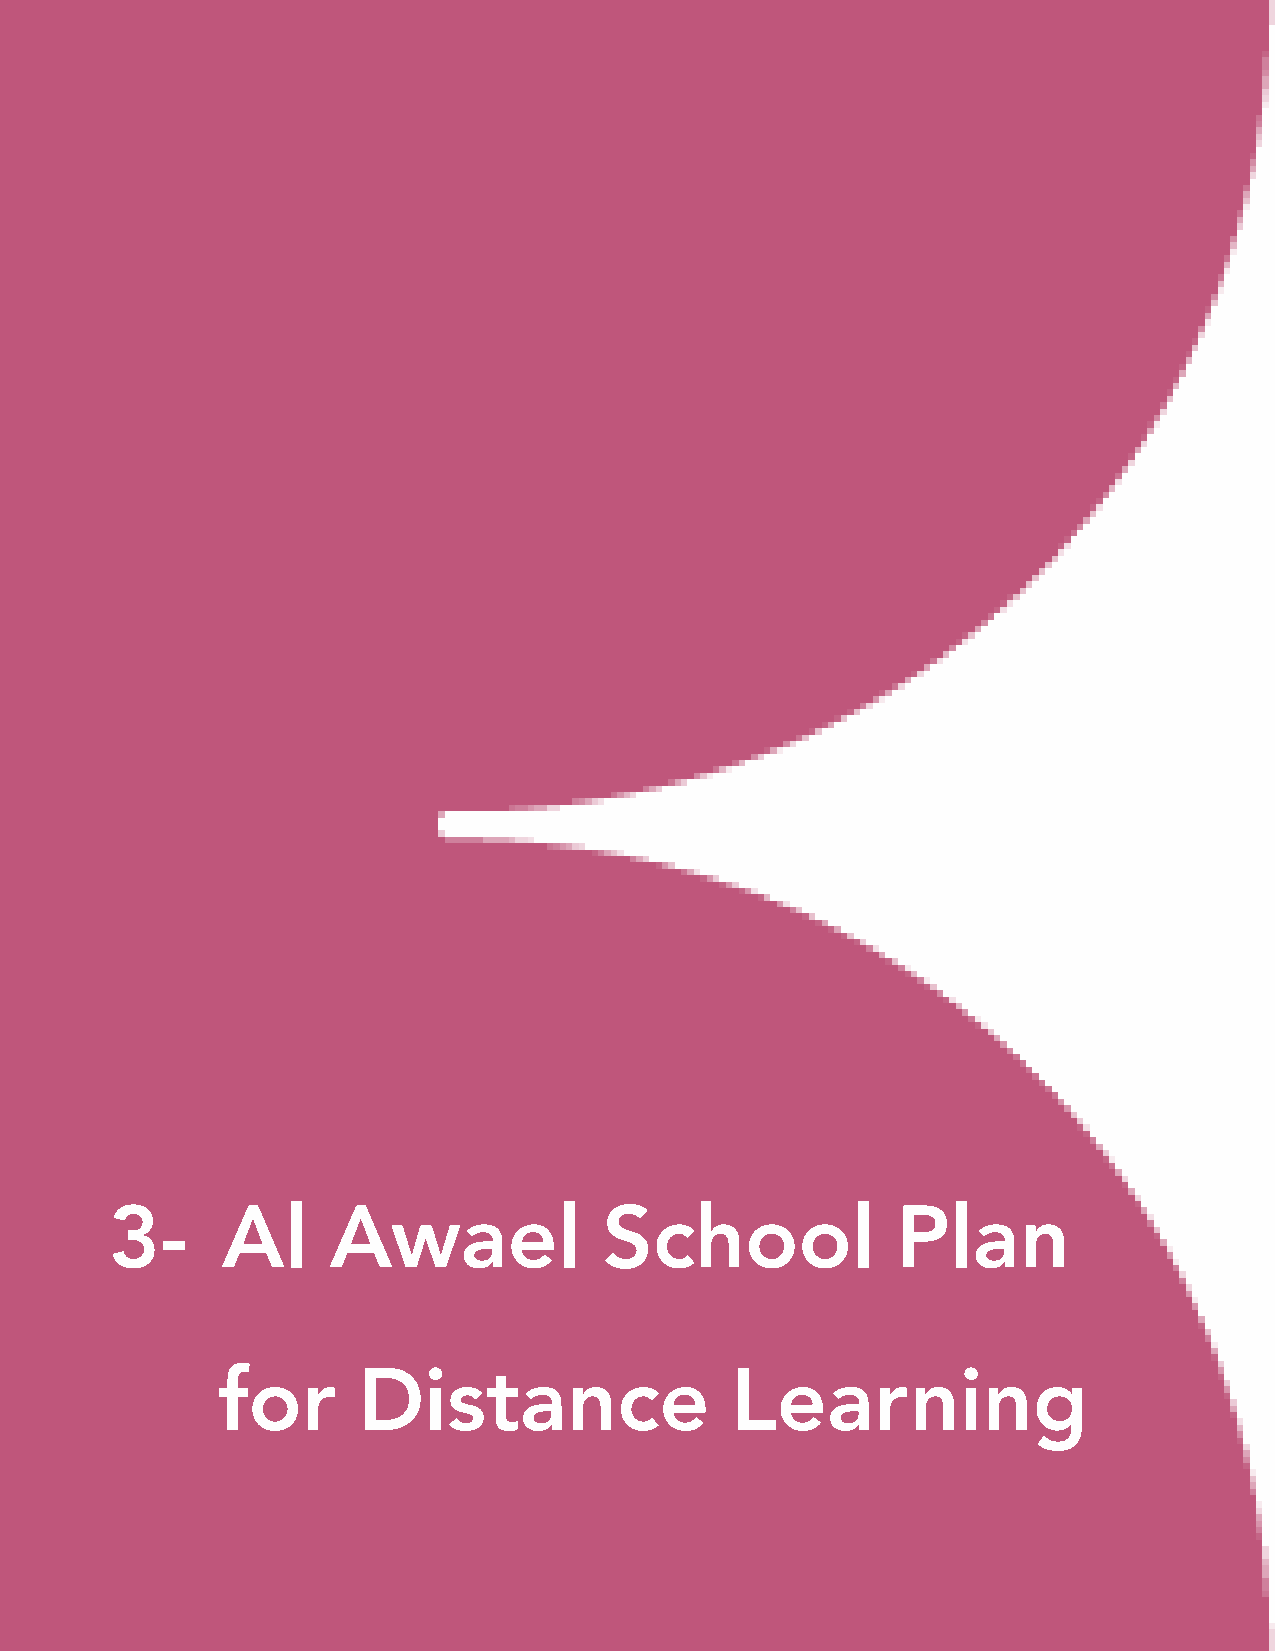
3-      Al     Awael             School             Plan
 for       Distance                Learning